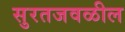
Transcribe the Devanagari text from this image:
सुरतजवळील